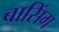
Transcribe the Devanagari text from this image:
बासिंग